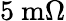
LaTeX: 5\ \mathrm{m}\Omega